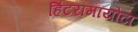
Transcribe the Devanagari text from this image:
हिंटरामायोटा